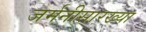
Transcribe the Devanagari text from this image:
जर्मनीसारख्या